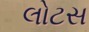
લોટસ